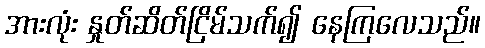
အားလုံး နှုတ်ဆိတ်ငြိမ်သက်၍ နေကြလေသည်။